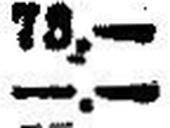
—.—